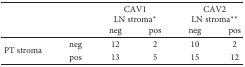
<table><thead><tr><td rowspan="3" colspan="2"></td><td colspan="2"><b>CAV1</b></td><td colspan="2"><b>CAV2</b></td></tr><tr><td colspan="2"><b>LN stroma<sup>∗</sup></b></td><td colspan="2"><b>LN stroma<sup>∗∗</sup></b></td></tr><tr><td><b>neg</b></td><td><b>pos</b></td><td><b>neg</b></td><td><b>pos</b></td></tr></thead><tbody><tr><td rowspan="2">PT stroma</td><td>neg</td><td>12</td><td>2</td><td>10</td><td>2</td></tr><tr><td>pos</td><td>13</td><td>5</td><td>15</td><td>12</td></tr></tbody></table>